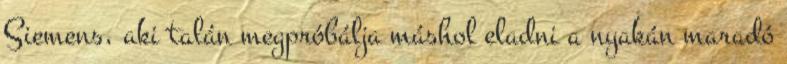
Siemens, aki talán megpróbálja máshol eladni a nyakán maradó